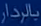
بیاردار